Problem: 7 × 3 = ?
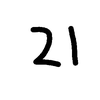
Handwritten answer: 21